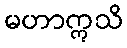
မဟာဣသိ